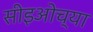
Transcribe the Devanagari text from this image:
सीइओच्या